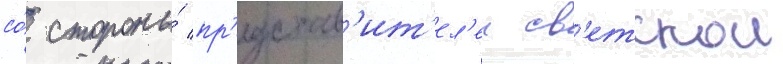
со́ стороны́ пр'едстав'ит'ел'еи св'етскои